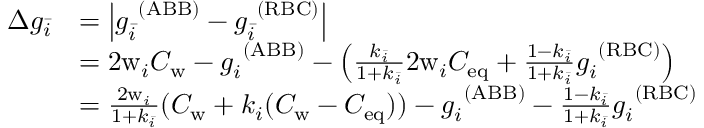
\begin{array} { r l } { \Delta g _ { \bar { i } } } & { = \left| g _ { \bar { i } } ^ { \ ( \mathrm { A B B } ) } - g _ { \bar { i } } ^ { \ ( \mathrm { R B C } ) } \right| } \\ & { = 2 \mathrm { w } _ { i } C _ { \mathrm { w } } - g _ { i } ^ { \ ( \mathrm { A B B } ) } - \left( \frac { k _ { \bar { i } } } { 1 + k _ { \bar { i } } } 2 \mathrm { w } _ { i } C _ { \mathrm { e q } } + \frac { 1 - k _ { \bar { i } } } { 1 + k _ { \bar { i } } } g _ { i } ^ { \ ( \mathrm { R B C } ) } \right) } \\ & { = \frac { 2 \mathrm { w } _ { i } } { 1 + k _ { \bar { i } } } ( C _ { \mathrm { w } } + k _ { i } ( C _ { \mathrm { w } } - C _ { \mathrm { e q } } ) ) - g _ { i } ^ { \ ( \mathrm { A B B } ) } - \frac { 1 - k _ { \bar { i } } } { 1 + k _ { \bar { i } } } g _ { i } ^ { \ ( \mathrm { R B C } ) } } \end{array}